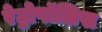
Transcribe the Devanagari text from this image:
रेट्रोपॉलिस